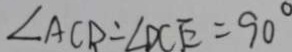
\angle A C D = \angle D C E = 9 0 ^ { \circ }